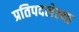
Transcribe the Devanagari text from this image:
प्रतिपदलेल्या